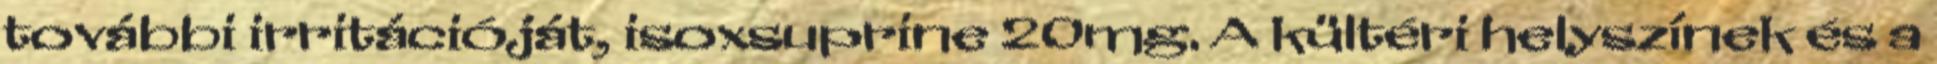
további irritációját, isoxsuprine 20mg. A kültéri helyszínek és a